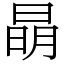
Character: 𣇵